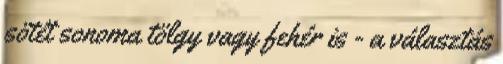
sötét sonoma tölgy vagy fehér is - a választás